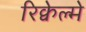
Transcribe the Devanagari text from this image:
रिक्वेल्मे